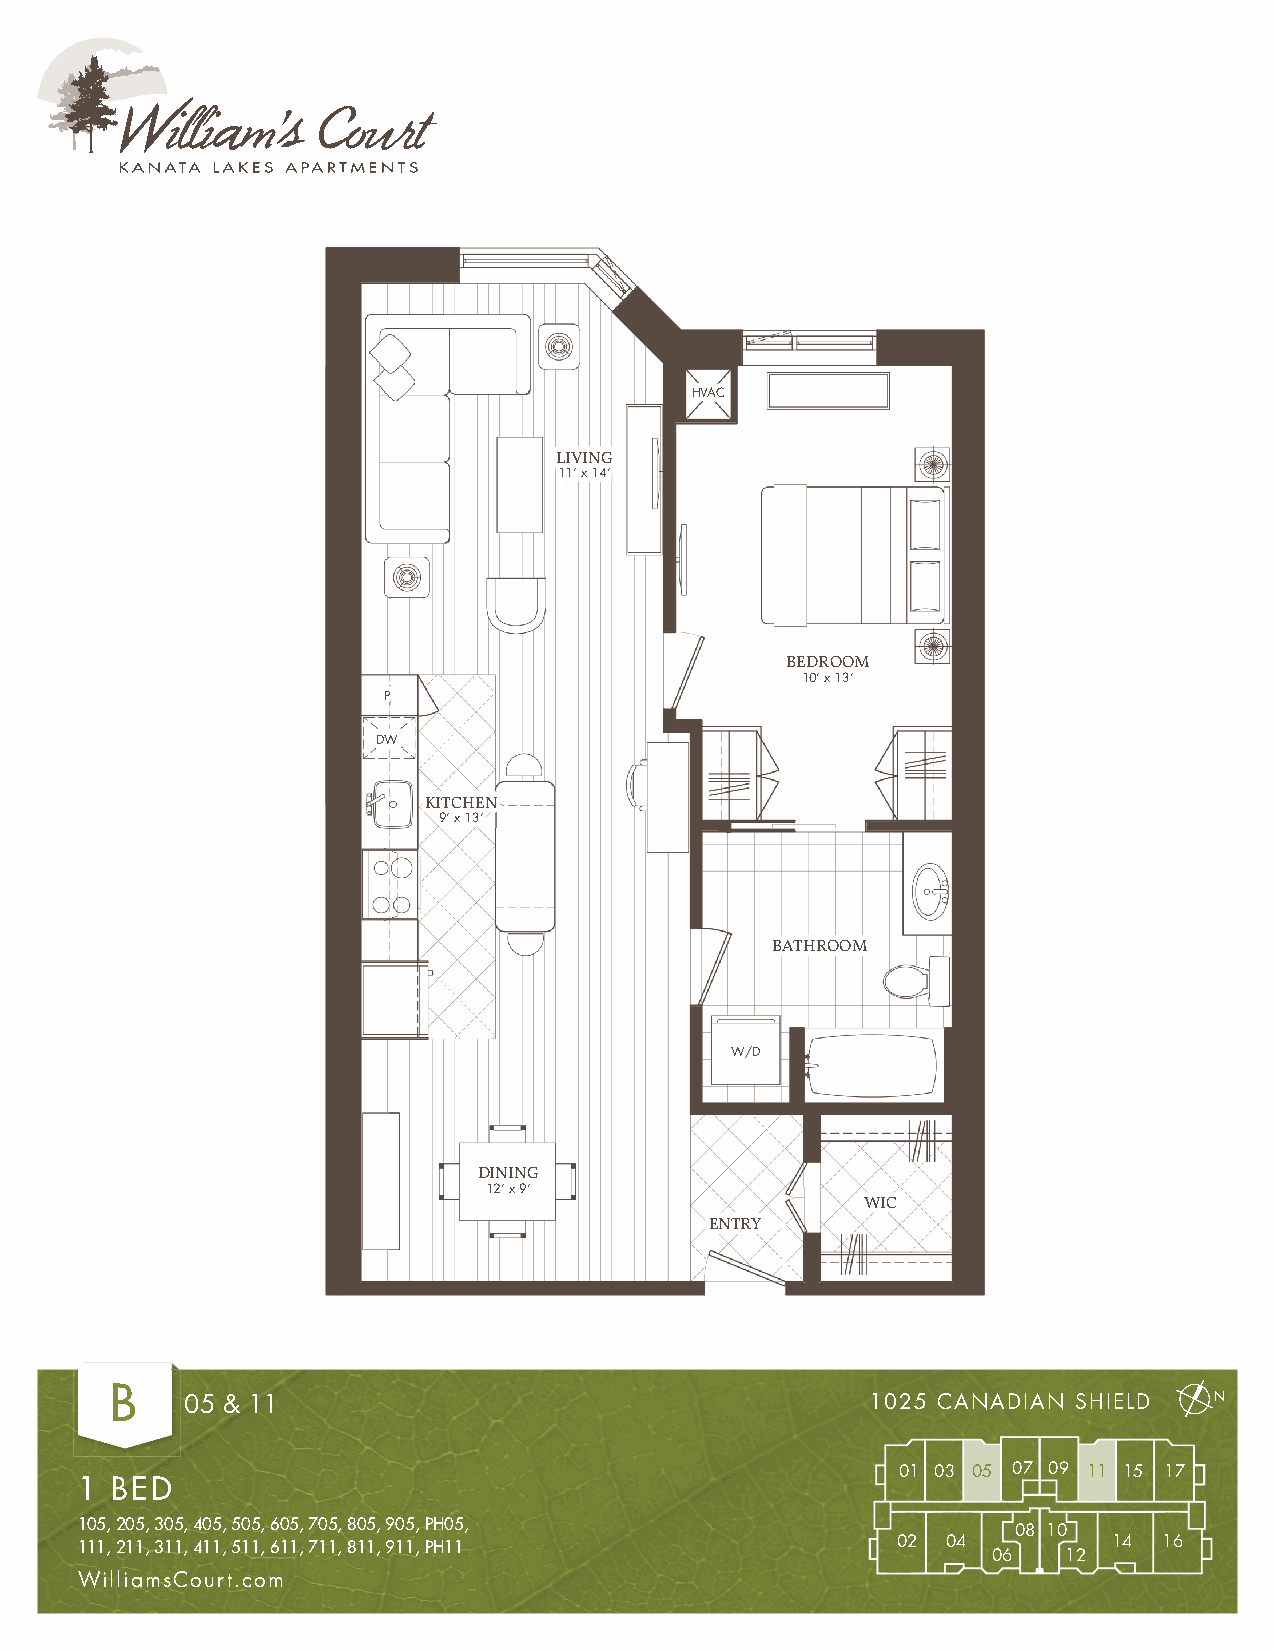
HVAC
 LIVING
 11’ x 14’
 BEDROOM
 10’ x 13’
 P
 DW
 KITCHEN
 9’ x 13’
 BATHROOM
 W/D
 DINING
 12’ x 9’
 WIC
 ENTRY
 B
 05 & 11                                       1025 CANADIAN SHIELD
 01 03 05 07 09 11 15 17
 1 BED
 105, 205, 305, 405, 505, 605, 705, 805, 905, PH05,
 08 10
 111, 211, 311, 411, 511, 611, 711, 811, 911, PH11     02  04         14 16
 06   12
 WilliamsCourt.com